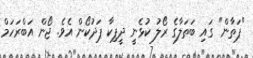
"ޕަތާން" ގައި ބަތަލާގެ ރޯލު ކުޅެނީ ދީޕިކާ ޕަދުކޯން އެވެ. ޖޯން އަބްރަހަމް